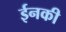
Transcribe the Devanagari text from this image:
ईनकी